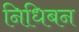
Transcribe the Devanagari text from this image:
निधिबन